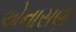
એનાસણ